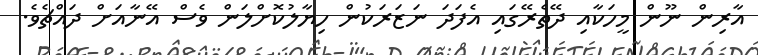
އާރިން ނޫން މީހަކާއި ދޭތެރޭގައި އެފަދަ ނަޒަރަކުން ހިޔާލުކޮށްލަން ވެސް އޭނާއަށް ދައްޗެވެ.